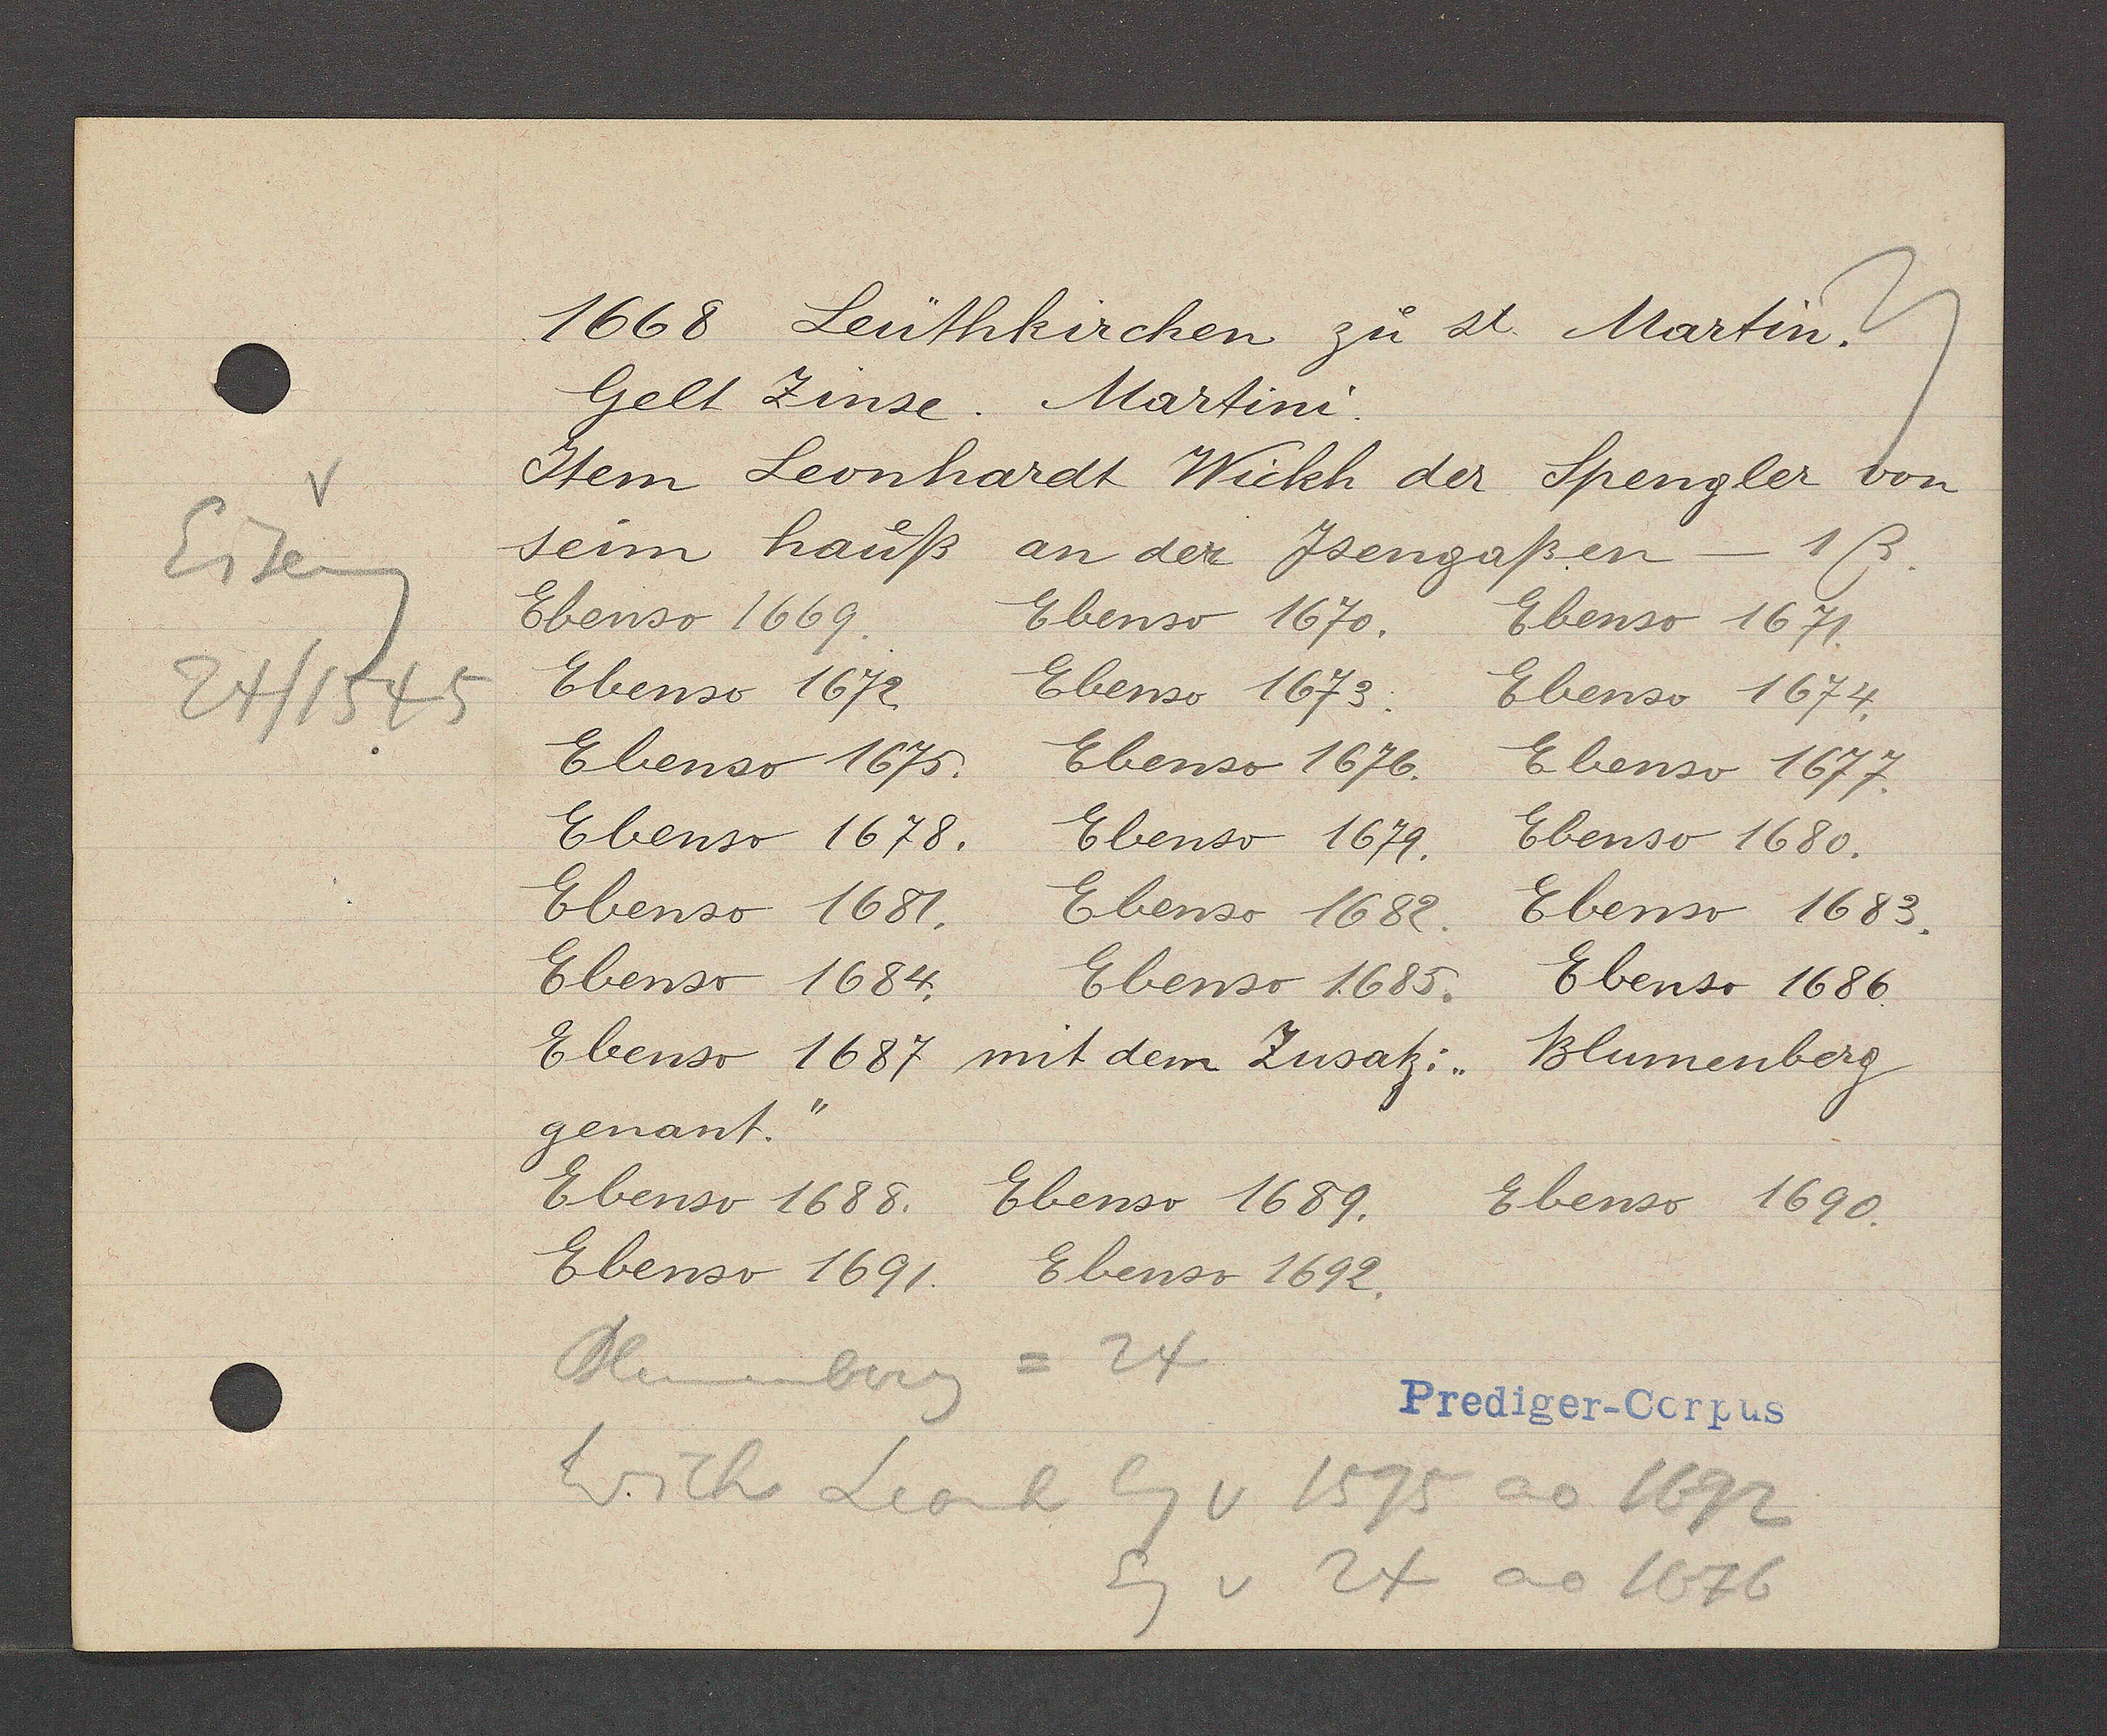
Transcript:
Eiseng
24/1545

1668 Leuthkirchen zu st. Martin.
Gelt Zinse . Martini
Jtem Leonhardt Wickh der Spengler von
seim haueß an der Jsengaßen - 1ß.
Ebenso 1669.
Ebenso 1670.
Ebenso 1671.
Ebenso 1672
Ebenso 1673:
Ebenso 1674.
Ebenso 1576.
Ebenso 1675.
Ebenso 1677.
Ebenso 1678.
Ebenso 1680.
Ebenso 1679
Ebenso 1681.
Ebenso 1683.
Ebenso 1682.
Ebenso 1684.
Ebenso 1686.
Ebenso 1685.
Ebenso 1687
Blumenberg
mit dem Zusatz.
genant.
Ebenso 1688.
Ebenso 1689.
Ebenso 1690.
Ebenso 1691.
Ebenso 1692.
Blumenberg = 24
Wick Leonh Eg v 1595 ao 1692
Eg v 24 ao 1676